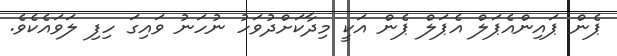
ޕެން ޕައިންއެޕަލް އެޕަލް ޕެން އަކީ މިދާކަށްދުވަހު ނުހަނު ވައިގަ ހިފި ލަވައެކެވެ.